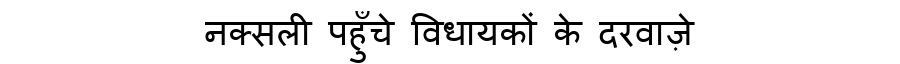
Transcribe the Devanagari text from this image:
नक्सली पहुँचे विधायकों के दरवाज़े